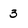
Character: 3